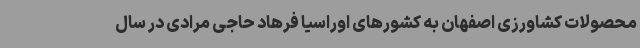
محصولات کشاورزی اصفهان به کشورهای اوراسیا فرهاد حاجی مرادی در سال